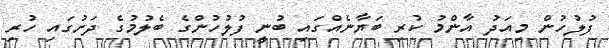
ފުލުހުން މިއަދު އާންމު ކުރި ބަޔާނެއްގައި ބުނީ ފުލުހުންގެ ބެލުމުގެ ދަށުގައި ހުރި